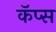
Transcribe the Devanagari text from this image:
कॅप्स